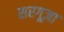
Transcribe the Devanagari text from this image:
सरगूज़ा